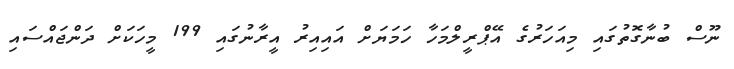
ނޫސް ބުނާގޮތުގައި މިއަހަރުގެ އޭޕްރީލްމަހާ ހަމަޔަށް އައިއިރު އީރާނުގައި 199 މީހަކަށް ދަންޖައްސައި